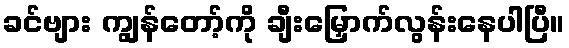
ခင်ဗျား ကျွန်တော့်ကို ချီးမြှောက်လွန်းနေပါပြီ။